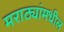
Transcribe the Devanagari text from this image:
मराठ्यांमधील